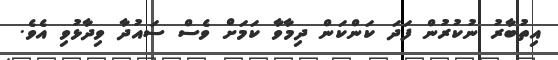
އިތުބާރު ނުކުރުން ފަދަ ކަންކަން ދިމާވާ ކަމަށް ވެސް ސައުދާ ވިދާޅުވި އެވެ.